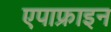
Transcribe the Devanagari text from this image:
एपाफ्राइन